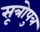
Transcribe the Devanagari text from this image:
सूत्रोपुत्र